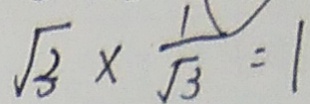
\sqrt { 3 } \times \frac { 1 } { \sqrt { 3 } } = 1